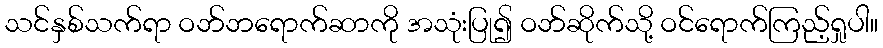
သင်နှစ်သက်ရာ ဝဘ်ဘရောက်ဆာကို အသုံးပြု၍ ဝဘ်ဆိုက်သို့ ဝင်ရောက်ကြည့်ရှုပါ။